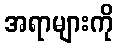
အရာများကို